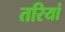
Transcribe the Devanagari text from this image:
तरियां